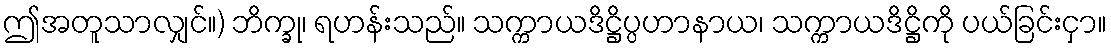
ဤအတူသာလျှင်။) ဘိက္ခု၊ ရဟန်းသည်။ သက္ကာယဒိဋ္ဌိပ္ပဟာနာယ၊ သက္ကာယဒိဋ္ဌိကို ပယ်ခြင်းငှာ။